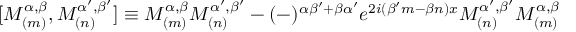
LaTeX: \lbrack M _ { ( m ) } ^ { \alpha , \beta } , M _ { ( n ) } ^ { \alpha ^ { \prime } , \beta ^ { \prime } } ] \equiv M _ { ( m ) } ^ { \alpha , \beta } M _ { ( n ) } ^ { \alpha ^ { \prime } , \beta ^ { \prime } } - ( - ) ^ { \alpha \beta ^ { \prime } + \beta \alpha ^ { \prime } } e ^ { 2 i ( \beta ^ { \prime } m - \beta n ) x } M _ { ( n ) } ^ { \alpha ^ { \prime } , \beta ^ { \prime } } M _ { ( m ) } ^ { \alpha , \beta }